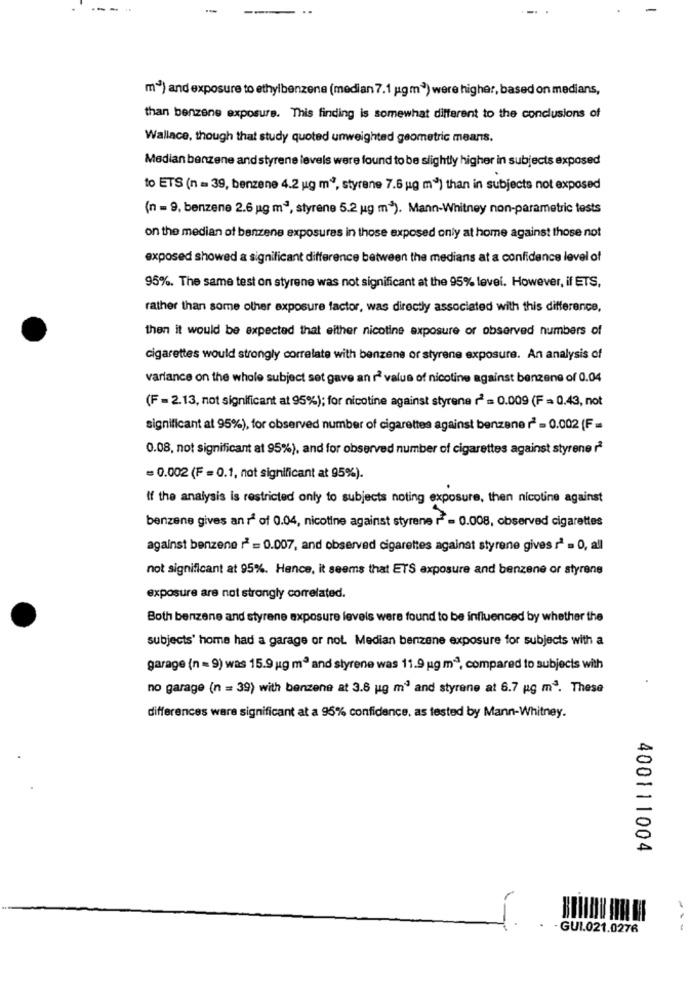
m1) and exposure to ethylbenzene (median 7.1 ugm3) were higher, based on medians,
than benzene exposure. This finding is somewhat different to the conclusions of
Wallace, though that study quoted unweighted geometric means.
Median benzene and styrene levels were found to be slightly higher in subjects exposed
to ETS (n = 39, benzene 4.2 ug m", styrene 7.6 ug m") than in subjects not exposed
(n = 9, benzene 2.6 ug m3, styrene 5.2 ug m3). Mann-Whitney non-parametric tests
on the median of benzene exposures in those exposed only at home against those not
exposed showed a significant difference between the medians at a confidence level of
95%. The same test on styrene was not significant at the 95% level. However, if ETS,
rather than some other exposure factor, was directly associated with this difference,
then it would be expected that either nicotine exposure or observed numbers of
cigarettes would strongly correlate with benzene or styrene exposure. An analysis of
variance on the whole subject set gave an rè value of nicotine against benzene of 0.04
(F =2.13, not significant at 95%); for nicotine against styrene r2 = 0.009 (F = 0.43, not
significant at 95%), for observed number of cigarettes against benzene r2 = 0.002 (F =
0.08, not significant at 95%), and for observed number of cigarettes against styrene iª
= 0.002 (F = 0.1, not significant at 95%).
If the analysis is restricted only to subjects noting exposure, then nicotine against
benzene gives an rª of 0.04, nicotine against styrene r = 0.008, observed cigarettes
against benzene r2 = 0.007, and observed cigarettes against styrene gives rª = 0, all
not significant at 95%. Hence, it seems that ETS exposure and benzene or styrene
exposure are not strongly correlated.
Both benzene and styrene exposure levels were found to be influenced by whether the
subjects' home had a garage or not. Median benzene exposure for subjects with a
garage (n = 9) was 15.9 ug m3 and styrene was 11.9 ug m2, compared to subjects with
no garage (n = 39) with benzene at 3.8 ug m' and styrene at 6.7 pg m3. These
differences ware significant at a 95% confidence, as tested by Mann-Whitney.
400111004
-GUI.021.0276